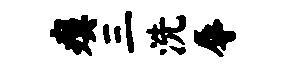
瘼三洗辱